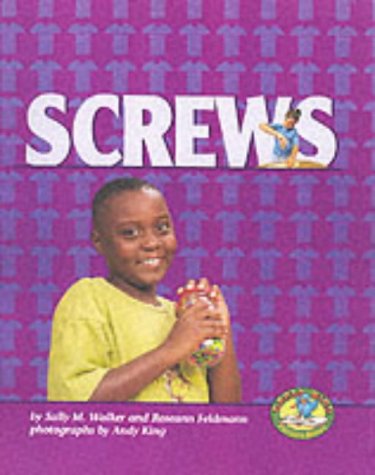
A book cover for Screws (Early Bird Physics); Sally M. Walker; Children's Books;